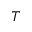
T